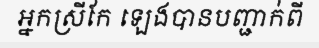
អ្នកស្រីកែ ឡេងបានបញ្ជាក់ពី